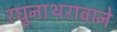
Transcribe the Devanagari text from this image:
रघुनाथरावाने